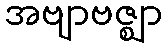
အဗျာဗဇ္ဈာ